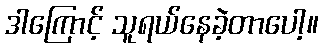
ဒါကြောင့် သူရယ်နေခဲ့တာပေါ့။